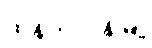
ထန်တလန်မြို့